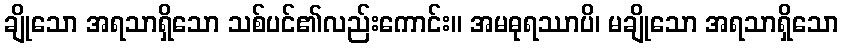
ချိုသော အရသာရှိသော သစ်ပင်၏လည်းကောင်း။ အမဓုရဿာပိ၊ မချိုသော အရသာရှိသော